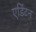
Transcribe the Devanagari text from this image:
एडिंटन